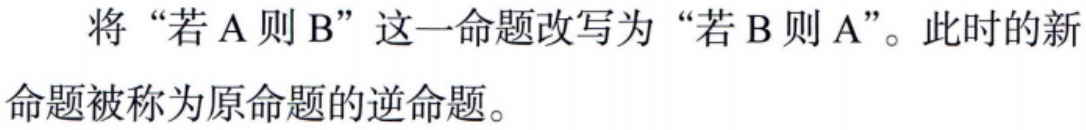
将 “若 A 则 B” 这一命题改写为 “若 B 则 A”。此时的新命题被称为原命题的逆命题。